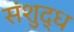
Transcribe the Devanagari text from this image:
संशुद्ध